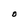
Character: O